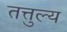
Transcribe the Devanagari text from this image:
तत्तुल्य